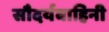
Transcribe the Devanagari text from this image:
सौदर्यवाहिनी